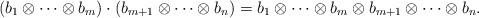
LaTeX: \begin{align*}(b_1 \otimes \cdots \otimes b_m) \cdot (b_{m+1} \otimes \cdots \otimes b_n)=b_1 \otimes \cdots \otimes b_{m} \otimes b_{m+1} \otimes \cdots \otimes b_n. \end{align*}